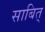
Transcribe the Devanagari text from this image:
साबित्